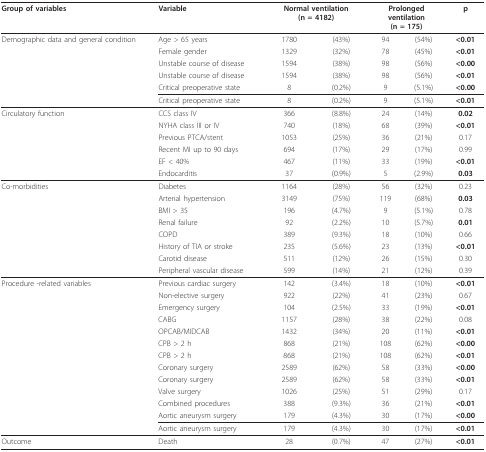
<table><thead><tr><td><b>Group of variables</b></td><td><b>Variable</b></td><td colspan="2"><b>Normal ventilation(n = 4182)</b></td><td colspan="2"><b>Prolongedventilation(n = 175)</b></td><td><b>p</b></td></tr></thead><tbody><tr><td>Demographic data and general condition</td><td>Age &gt; 65 years</td><td>1780</td><td>(43%)</td><td>94</td><td>(54%)</td><td><b>&lt;0.01</b></td></tr><tr><td></td><td>Female gender</td><td>1329</td><td>(32%)</td><td>78</td><td>(45%)</td><td><b>&lt;0.01</b></td></tr><tr><td></td><td>Unstable course of disease</td><td>1594</td><td>(38%)</td><td>98</td><td>(56%)</td><td><b>&lt;0.00</b></td></tr><tr><td></td><td>Unstable course of disease</td><td>1594</td><td>(38%)</td><td>98</td><td>(56%)</td><td><b>&lt;0.01</b></td></tr><tr><td></td><td>Critical preoperative state</td><td>8</td><td>(0.2%)</td><td>9</td><td>(5.1%)</td><td><b>&lt;0.00</b></td></tr><tr><td></td><td>Critical preoperative state</td><td>8</td><td>(0.2%)</td><td>9</td><td>(5.1%)</td><td><b>&lt;0.01</b></td></tr><tr><td>Circulatory function</td><td>CCS class IV</td><td>366</td><td>(8.8%)</td><td>24</td><td>(14%)</td><td><b>0.02</b></td></tr><tr><td></td><td>NYHA class III or IV</td><td>740</td><td>(18%)</td><td>68</td><td>(39%)</td><td><b>&lt;0.01</b></td></tr><tr><td></td><td>Previous PTCA/stent</td><td>1053</td><td>(25%)</td><td>36</td><td>(21%)</td><td>0.17</td></tr><tr><td></td><td>Recent MI up to 90 days</td><td>694</td><td>(17%)</td><td>29</td><td>(17%)</td><td>0.99</td></tr><tr><td></td><td>EF &lt; 40%</td><td>467</td><td>(11%)</td><td>33</td><td>(19%)</td><td><b>&lt;0.01</b></td></tr><tr><td></td><td>Endocarditis</td><td>37</td><td>(0.9%)</td><td>5</td><td>(2.9%)</td><td><b>0.03</b></td></tr><tr><td>Co-morbidities</td><td>Diabetes</td><td>1164</td><td>(28%)</td><td>56</td><td>(32%)</td><td>0.23</td></tr><tr><td></td><td>Arterial hypertension</td><td>3149</td><td>(75%)</td><td>119</td><td>(68%)</td><td><b>0.03</b></td></tr><tr><td></td><td>BMI &gt; 35</td><td>196</td><td>(4.7%)</td><td>9</td><td>(5.1%)</td><td>0.78</td></tr><tr><td></td><td>Renal failure</td><td>92</td><td>(2.2%)</td><td>10</td><td>(5.7%)</td><td><b>0.01</b></td></tr><tr><td></td><td>COPD</td><td>389</td><td>(9.3%)</td><td>18</td><td>(10%)</td><td>0.66</td></tr><tr><td></td><td>History of TIA or stroke</td><td>235</td><td>(5.6%)</td><td>23</td><td>(13%)</td><td><b>&lt;0.01</b></td></tr><tr><td></td><td>Carotid disease</td><td>511</td><td>(12%)</td><td>26</td><td>(15%)</td><td>0.30</td></tr><tr><td></td><td>Peripheral vascular disease</td><td>599</td><td>(14%)</td><td>21</td><td>(12%)</td><td>0.39</td></tr><tr><td>Procedure -related variables</td><td>Previous cardiac surgery</td><td>142</td><td>(3.4%)</td><td>18</td><td>(10%)</td><td><b>&lt;0.01</b></td></tr><tr><td></td><td>Non-elective surgery</td><td>922</td><td>(22%)</td><td>41</td><td>(23%)</td><td>0.67</td></tr><tr><td></td><td>Emergency surgery</td><td>104</td><td>(2.5%)</td><td>33</td><td>(19%)</td><td><b>&lt;0.01</b></td></tr><tr><td></td><td>CABG</td><td>1157</td><td>(28%)</td><td>38</td><td>(22%)</td><td>0.08</td></tr><tr><td></td><td>OPCAB/MIDCAB</td><td>1432</td><td>(34%)</td><td>20</td><td>(11%)</td><td><b>&lt;0.01</b></td></tr><tr><td></td><td>CPB &gt; 2 h</td><td>868</td><td>(21%)</td><td>108</td><td>(62%)</td><td><b>&lt;0.00</b></td></tr><tr><td></td><td>CPB &gt; 2 h</td><td>868</td><td>(21%)</td><td>108</td><td>(62%)</td><td><b>&lt;0.01</b></td></tr><tr><td></td><td>Coronary surgery</td><td>2589</td><td>(62%)</td><td>58</td><td>(33%)</td><td><b>&lt;0.00</b></td></tr><tr><td></td><td>Coronary surgery</td><td>2589</td><td>(62%)</td><td>58</td><td>(33%)</td><td><b>&lt;0.01</b></td></tr><tr><td></td><td>Valve surgery</td><td>1026</td><td>(25%)</td><td>51</td><td>(29%)</td><td>0.17</td></tr><tr><td></td><td>Combined procedures</td><td>388</td><td>(9.3%)</td><td>36</td><td>(21%)</td><td><b>&lt;0.01</b></td></tr><tr><td></td><td>Aortic aneurysm surgery</td><td>179</td><td>(4.3%)</td><td>30</td><td>(17%)</td><td><b>&lt;0.00</b></td></tr><tr><td></td><td>Aortic aneurysm surgery</td><td>179</td><td>(4.3%)</td><td>30</td><td>(17%)</td><td><b>&lt;0.01</b></td></tr><tr><td>Outcome</td><td>Death</td><td>28</td><td>(0.7%)</td><td>47</td><td>(27%)</td><td><b>&lt;0.01</b></td></tr></tbody></table>